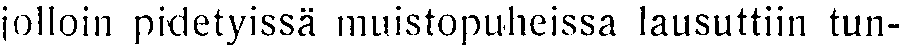
jolloin pidetyissä muistopuheissa lausuttiin tun-